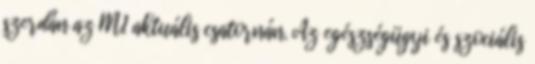
szerdán az M1 aktuális csatornán. Az egészségügyi és szociális